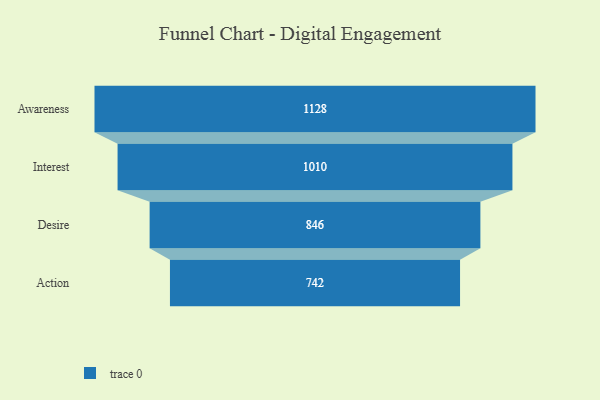
{"axis": {"x": "Stage", "y": "Value"}, "legend": [""], "data": [{"x": "Awareness", "y": 1128.0, "type": ""}, {"x": "Interest", "y": 1010.0, "type": ""}, {"x": "Desire", "y": 846.0, "type": ""}, {"x": "Action", "y": 742.0, "type": ""}]}